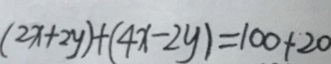
( 2 x + 2 y ) + ( 4 x - 2 y ) = 1 0 0 + 2 0